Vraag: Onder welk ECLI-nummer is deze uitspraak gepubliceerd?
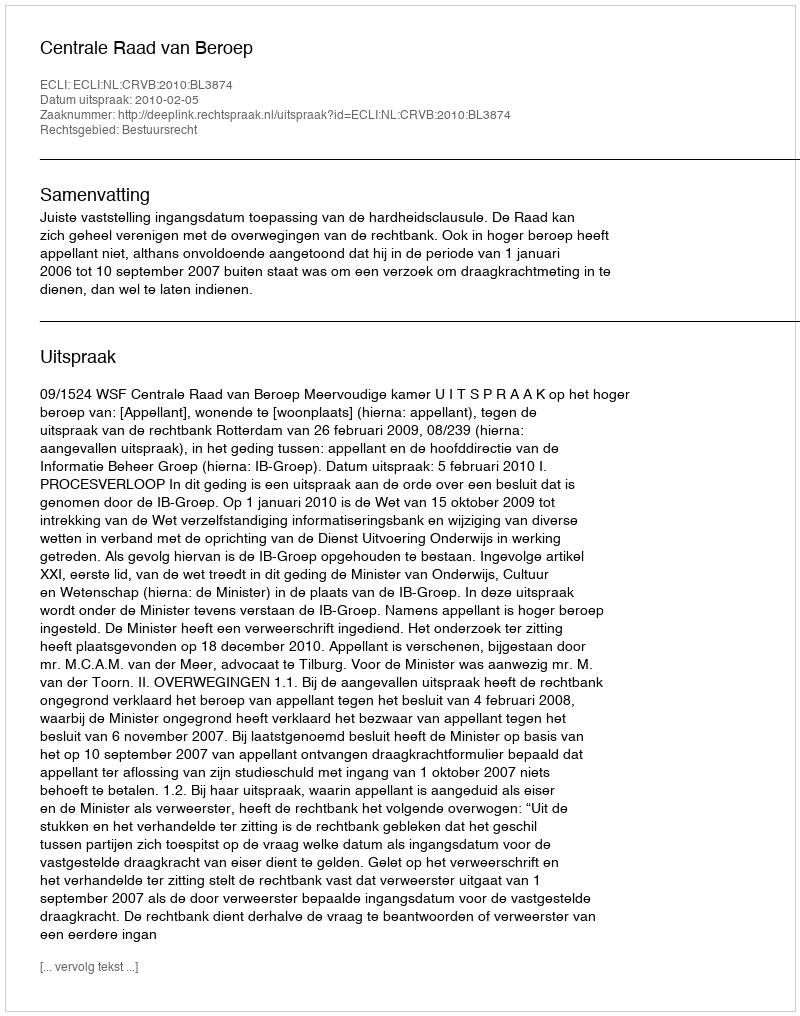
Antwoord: ECLI:NL:CRVB:2010:BL3874